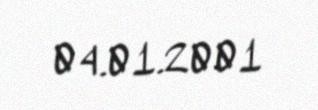
04.01.2001